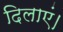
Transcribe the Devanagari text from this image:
दिलाएं।